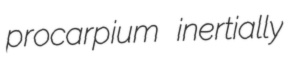
procarpium inertially